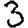
Digit: 3